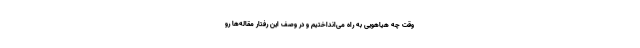
وقت چه هیاهویی به راه می‌انداختیم و در وصف این رفتار مقاله‌ها رو